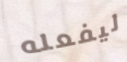
ليفعله